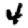
Digit: 4